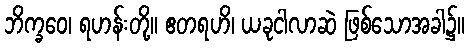
ဘိက္ခဝေ၊ ရဟန်းတို့။ ဧတရဟိ၊ ယခုငါလာဆဲ ဖြစ်သောအခါ၌။